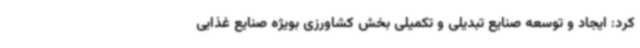
کرد: ایجاد و توسعه صنایع تبدیلی و تکمیلی بخش کشاورزی بویژه صنایع غذایی